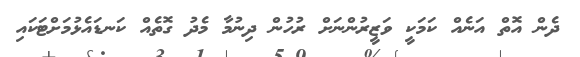
ދެން އޮތް އަނެއް ކަމަކީ ވަޒީރުންނަށް ރުހުން ދިނުމާ މެދު ގޮތެއް ކަނޑައެޅުމަށްޓަކައި